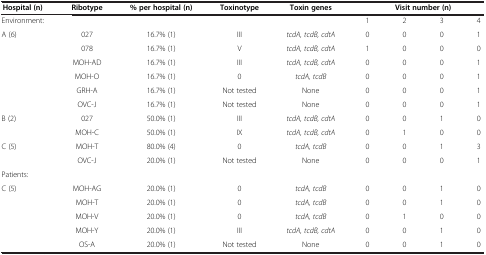
<table><thead><tr><td><b>Hospital (n)</b></td><td><b>Ribotype</b></td><td><b>% per hospital (n)</b></td><td><b>Toxinotype</b></td><td><b>Toxin genes</b></td><td colspan="4"><b>Visit number (n)</b></td></tr></thead><tbody><tr><td>Environment:</td><td> </td><td> </td><td> </td><td> </td><td>1</td><td>2</td><td>3</td><td>4</td></tr><tr><td>A (6)</td><td>027</td><td>16.7% (1)</td><td>III</td><td><i>tcdA, tcdB, cdtA</i></td><td>0</td><td>0</td><td>0</td><td>1</td></tr><tr><td> </td><td>078</td><td>16.7% (1)</td><td>V</td><td><i>tcdA, tcdB, cdtA</i></td><td>1</td><td>0</td><td>0</td><td>0</td></tr><tr><td> </td><td>MOH-AD</td><td>16.7% (1)</td><td>III</td><td><i>tcdA, tcdB, cdtA</i></td><td>0</td><td>0</td><td>0</td><td>1</td></tr><tr><td> </td><td>MOH-O</td><td>16.7% (1)</td><td>0</td><td><i>tcdA, tcdB</i></td><td>0</td><td>0</td><td>0</td><td>1</td></tr><tr><td> </td><td>GRH-A</td><td>16.7% (1)</td><td>Not tested</td><td>None</td><td>0</td><td>0</td><td>0</td><td>1</td></tr><tr><td> </td><td>OVC-J</td><td>16.7% (1)</td><td>Not tested</td><td>None</td><td>0</td><td>0</td><td>0</td><td>1</td></tr><tr><td>B (2)</td><td>027</td><td>50.0% (1)</td><td>III</td><td><i>tcdA, tcdB, cdtA</i></td><td>0</td><td>0</td><td>1</td><td>0</td></tr><tr><td> </td><td>MOH-C</td><td>50.0% (1)</td><td>IX</td><td><i>tcdA, tcdB, cdtA</i></td><td>0</td><td>1</td><td>0</td><td>0</td></tr><tr><td>C (5)</td><td>MOH-T</td><td>80.0% (4)</td><td>0</td><td><i>tcdA, tcdB</i></td><td>0</td><td>0</td><td>1</td><td>3</td></tr><tr><td> </td><td>OVC-J</td><td>20.0% (1)</td><td>Not tested</td><td>None</td><td>0</td><td>0</td><td>0</td><td>1</td></tr><tr><td>Patients:</td><td> </td><td> </td><td> </td><td> </td><td> </td><td> </td><td> </td><td> </td></tr><tr><td>C (5)</td><td>MOH-AG</td><td>20.0% (1)</td><td>0</td><td><i>tcdA, tcdB</i></td><td>0</td><td>0</td><td>1</td><td>0</td></tr><tr><td> </td><td>MOH-T</td><td>20.0% (1)</td><td>0</td><td><i>tcdA, tcdB</i></td><td>0</td><td>0</td><td>1</td><td>0</td></tr><tr><td> </td><td>MOH-V</td><td>20.0% (1)</td><td>0</td><td><i>tcdA, tcdB</i></td><td>0</td><td>1</td><td>0</td><td>0</td></tr><tr><td> </td><td>MOH-Y</td><td>20.0% (1)</td><td>III</td><td><i>tcdA, tcdB, cdtA</i></td><td>0</td><td>0</td><td>1</td><td>0</td></tr><tr><td> </td><td>OS-A</td><td>20.0% (1)</td><td>Not tested</td><td>None</td><td>0</td><td>0</td><td>1</td><td>0</td></tr></tbody></table>